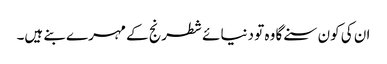
ان کی کون سنے گا وہ تو دنیائے شطرنج کے مہرے بنے ہیں۔